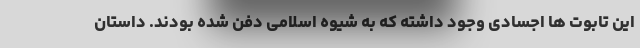
این تابوت ها اجسادی وجود داشته که به شیوه اسلامی دفن شده بودند. داستان